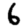
Digit: 6